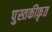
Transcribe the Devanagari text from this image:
पुस्तकीकृत